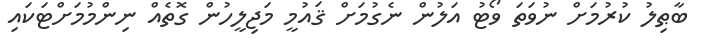
ބާޠިލު ކުރުމަށް ނުވަތަ ވޯޓު އަލުން ނެގުމަށް ޤައުމީ މަޖިލީހުން ގޮތެއް ނިންމުމަށްޓަކައި